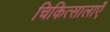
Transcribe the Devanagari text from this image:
चिकित्सालाएँ